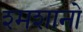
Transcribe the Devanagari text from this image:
श्मशानो